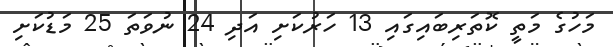
މަހުގެ މަތީ ކޮތަރިބައިގައި 13 ހަރުކަށި އަދި 24 ނުވަތަ 25 މަޑުކަށި